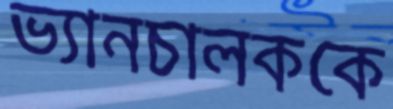
ভ্যানচালককে